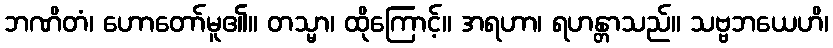
ဘဏိတံ၊ ဟောတော်မူ၏။ တသ္မာ၊ ထိုကြောင့်။ အရဟာ၊ ရဟန္တာသည်။ သဗ္ဗဘယေဟိ၊